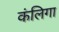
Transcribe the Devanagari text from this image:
कंलिगा